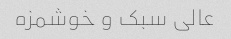
عالی سبک و خوشمزه